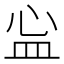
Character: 𬐘